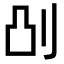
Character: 𫥷